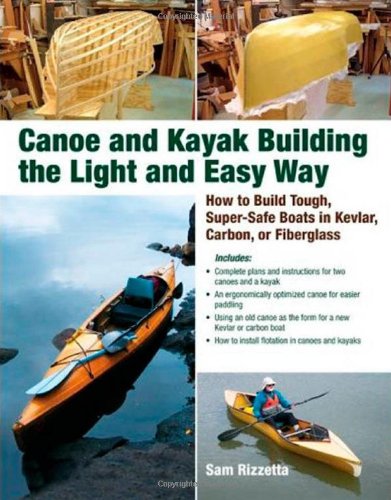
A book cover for Canoe and Kayak Building the Light and Easy Way: How to Build Tough, Super-Safe Boats in Kevlar, Carbon, or Fiberglass; Sam Rizzetta; Sports & Outdoors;